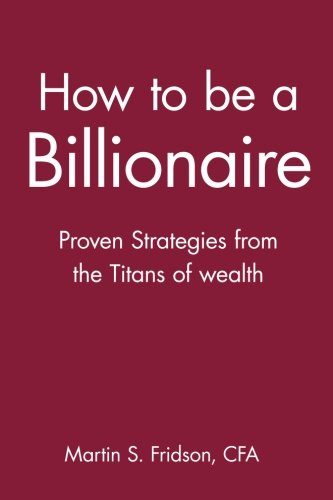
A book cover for How to be a Billionaire: Proven Strategies from the Titans of Wealth; Martin S. Fridson CFA; Business & Money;